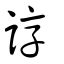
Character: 諄